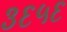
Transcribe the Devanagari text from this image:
३६५६